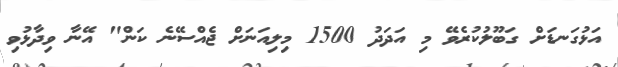
އަޅުގަނޑަށް ގަބޫލުކުރެވޭ މި އަދަދު 1500 މިލިއަނަށް ޖެއްސޭނެ ކަން" އޭނާ ވިދާޅުވި